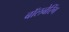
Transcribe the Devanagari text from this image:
बॉलबेरिंग